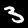
Label: 3